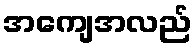
အကျေအလည်